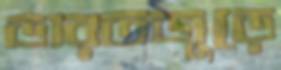
ভারতজুড়ে